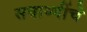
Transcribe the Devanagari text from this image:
सवाष्णींचे